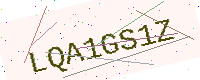
Text: LQA1GS1Z